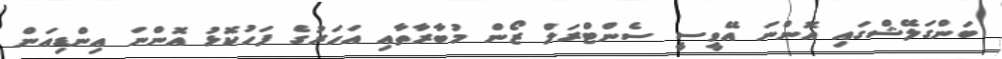
ބަންގަލޭޝްގައި އޮންނަ އޭވީސީ ސެންޓްރަލް ޒޯން މުބާރާތާއި އަހަރުގެ ފަހުކޮޅު އޮންނަ އިންޑިއަން